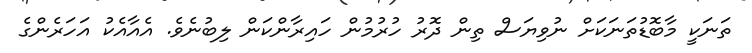
ތަނަކީ މާބޮޑުތަނަކަށް ނުވިޔަސް ތިން ދޮރު ހުރުމުން ހައިރާންކަން ލިބުނެވެ. އެއާއެކު އަހަރެންގެ